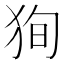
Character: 狥